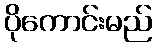
ပိုကောင်းမည်